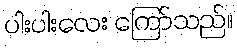
ပါးပါးလေး ကြော်သည်။